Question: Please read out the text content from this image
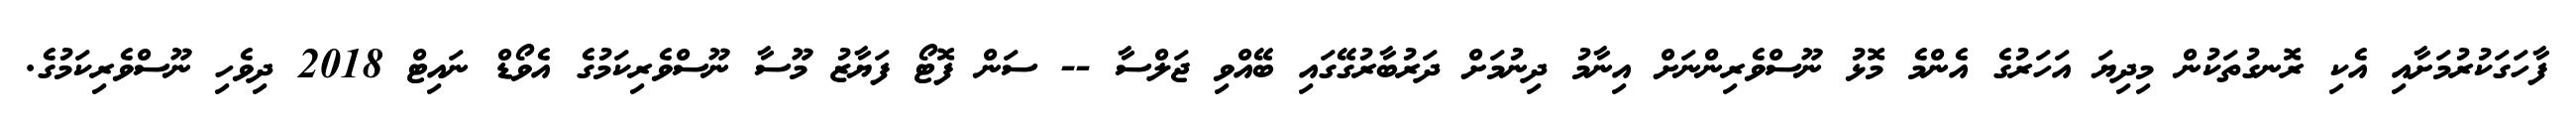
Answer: ފާހަގަކުރުމަށާއި އެކި ރޮނގުތަކުން މިދިޔަ އަހަރުގެ އެންމެ މޮޅު ނޫސްވެރިންނަށް އިނާމު ދިނުމަށް ދަރުބާރުގޭގައި ބޭއްވި ޖަލްސާ -- ސަން ފޮޓޯ ފަޔާޒު މޫސާ ނޫސްވެރިކަމުގެ އެވޯޑް ނައިޓް 2018 ދިވެހި ނޫސްވެރިކަމުގެ.